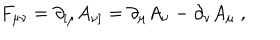
F _ { \mu \nu } = \partial _ { [ \mu } A _ { \nu ] } = \partial _ { \mu } A _ { \nu } - \partial _ { \nu } A _ { \mu } \ ,